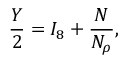
\frac { Y } { 2 } = I _ { 8 } + \frac { N } { N _ { \rho } } ,